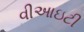
વીઆઇટી